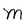
Character: M